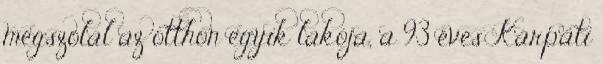
megszólal az otthon egyik lakója, a 93 éves Kárpáti